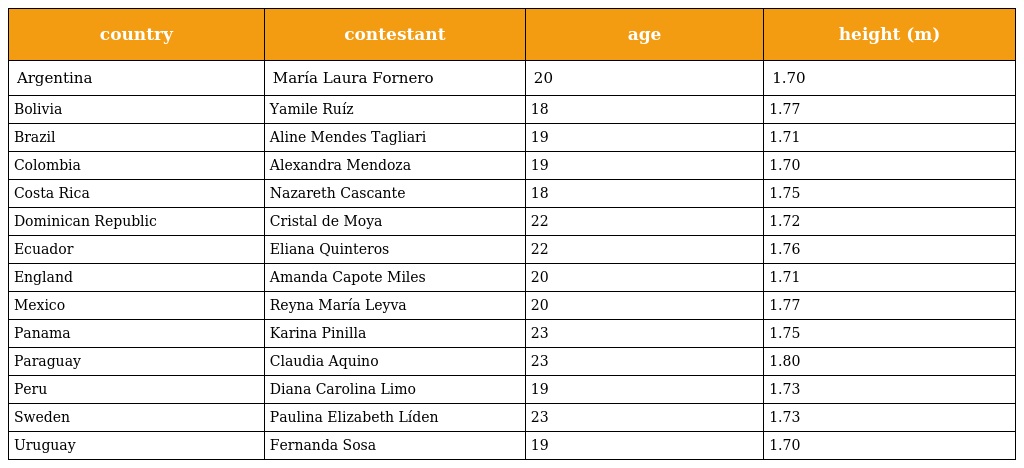
| country | contestant | age | height (m) |
 | --- | --- | --- | --- |
 | Argentina | María Laura Fornero | 20 | 1.70 |
 | Bolivia | Yamile Ruíz | 18 | 1.77 |
 | Brazil | Aline Mendes Tagliari | 19 | 1.71 |
 | Colombia | Alexandra Mendoza | 19 | 1.70 |
 | Costa Rica | Nazareth Cascante | 18 | 1.75 |
 | Dominican Republic | Cristal de Moya | 22 | 1.72 |
 | Ecuador | Eliana Quinteros | 22 | 1.76 |
 | England | Amanda Capote Miles | 20 | 1.71 |
 | Mexico | Reyna María Leyva | 20 | 1.77 |
 | Panama | Karina Pinilla | 23 | 1.75 |
 | Paraguay | Claudia Aquino | 23 | 1.80 |
 | Peru | Diana Carolina Limo | 19 | 1.73 |
 | Sweden | Paulina Elizabeth Líden | 23 | 1.73 |
 | Uruguay | Fernanda Sosa | 19 | 1.70 |